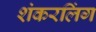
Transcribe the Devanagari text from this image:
शंकरलिंग